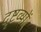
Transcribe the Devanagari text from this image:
दृष्टव्यों